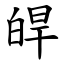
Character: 皔